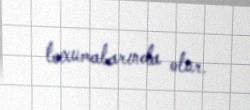
toxumalarında olur.